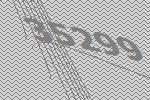
35299